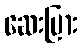
ဆေးပြား